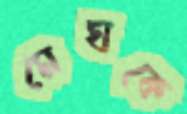
মেঘকে